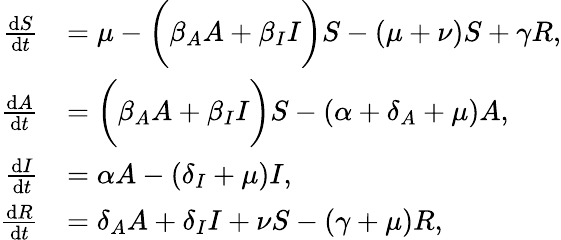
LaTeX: \begin{array}{rl}{\frac{\mathrm{d}S}{\mathrm{d}t}}&{=\mu-\bigg(\beta_{A}A+\beta_{I}I\bigg)S-(\mu+\nu)S+\gamma R,}\\ {\frac{\mathrm{d}A}{\mathrm{d}t}}&{=\bigg(\beta_{A}A+\beta_{I}I\bigg)S-(\alpha+\delta_{A}+\mu)A,}\\ {\frac{\mathrm{d}I}{\mathrm{d}t}}&{=\alpha A-(\delta_{I}+\mu)I,}\\ {\frac{\mathrm{d}R}{\mathrm{d}t}}&{=\delta_{A}A+\delta_{I}I+\nu S-(\gamma+\mu)R,}\end{array}